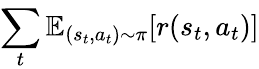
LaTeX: \sum_{t}^{}\mathbb{E}_{(s_{t},a_{t})\sim\pi}[r(s_{t},a_{t})]